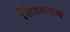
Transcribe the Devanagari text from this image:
सिश्यगण